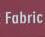
fabric